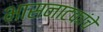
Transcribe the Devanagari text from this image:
भासनाटकांचे